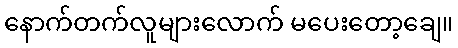
နောက်တက်လူများလောက် မပေးတော့ချေ။